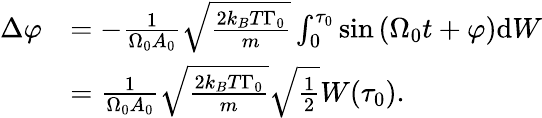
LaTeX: \begin{array}{rl}{\Delta\varphi}&{=-\frac{1}{\Omega_{0}A_{0}}\sqrt{\frac{2k_{B}T\Gamma_{0}}{m}}\int_{0}^{\tau_{0}}\sin\left(\Omega_{0}t+\varphi\right)\mathrm{d}W}\\ &{=\frac{1}{\Omega_{0}A_{0}}\sqrt{\frac{2k_{B}T\Gamma_{0}}{m}}\sqrt{\frac{1}{2}}W(\tau_{0})\mathrm{.}}\end{array}